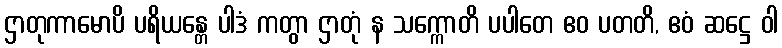
ဌာတုကာမောပိ ပရိယန္တေ ပါဒံ ကတွာ ဌာတုံ န သက္ကောတိ ပပါတေ ဧဝ ပတတိ, ဧဝံ ဆဋ္ဌေ ဝါ